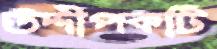
উদ্দীপকটি